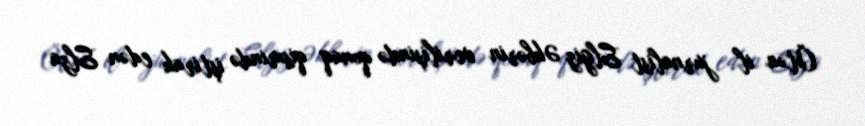
Ötən il jurnalist Elgiz Əkbərin verilişində qonaq qismində iştirak edən Elza